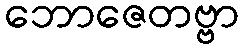
ဘောဇေတဗ္ဗာ